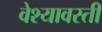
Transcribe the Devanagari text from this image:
वेश्यावस्ती